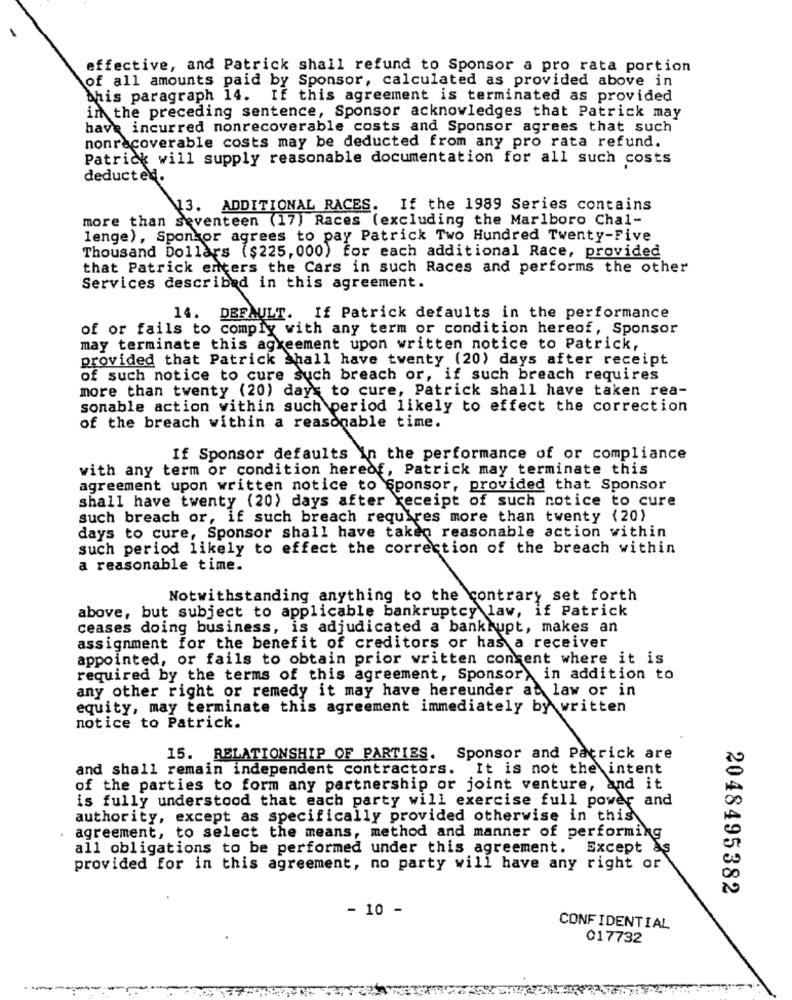
effective, and Patrick shall refund to Sponsor a pro rata portion
of all amounts paid by Sponsor, calculated as provided above in
this paragraph 14.
If this agreement is terminated as provided
in the preceding sentence, Sponsor acknowledges that Patrick may
have incurred nonrecoverable costs and Sponsor agrees that such
nonrecoverable costs may be deducted from any pro rata refund.
Patrick will supply reasonable documentation for all such costs
deducted.
13. ADDITIONAL RACES. If the 1989 Series contains
more than seventeen (17) Races (excluding the Marlboro Chal-
lenge), Sponsor agrees to pay Patrick Two Hundred Twenty-Five
Thousand Dollars ($225, 000) for each additional Race, provided
that Patrick enters the Cars in such Races and performs the other
Services described in this agreement.
14. DEFAULT. If Patrick defaults in the performance
of or fails to comply with any term or condition hereof, Sponsor
may terminate this agreement upon written notice to Patrick,
provided that Patrick shall have twenty (20) days after receipt
of such notice to cure such breach or, if such breach requires
more than twenty (20) days to cure, Patrick shall have taken rea-
sonable action within such period likely to effect the correction
of the breach within a reasonable time.
If Sponsor defaults in the performance of or compliance
with any term or condition hereof, Patrick may terminate this
agreement upon written notice to Sponsor, provided that Sponsor
shall have twenty (20) days after receipt of such notice to cure
such breach or, if such breach requires more than twenty (20)
days to cure, Sponsor shall have taken reasonable action within
such period likely to effect the correction of the breach within
a reasonable time.
Notwithstanding anything to the contrary set forth
above, but subject to applicable bankruptcy law, if Patrick
ceases doing business, is adjudicated a bankrupt, makes an
assignment for the benefit of creditors or has a receiver
appointed, or fails to obtain prior written consent where it is
required by the terms of this agreement, Sponsor, in addition to
any other right or remedy it may have hereunder at law or in
equity, may terminate this agreement immediately by written
notice to Patrick.
15. RELATIONSHIP OF PARTIES. Sponsor and Patrick are
and shall remain independent contractors.
It is not the intent
of the parties to form any partnership or joint venture, and it
is fully understood that each party will exercise full power and
authority, except as specifically provided otherwise in this
agreement, to select the means, method and manner of performing
all obligations to be performed under this agreement. Except as
provided for in this agreement, no party will have any right or
2048495382
- 10 -
CONFIDENTIAL
017732